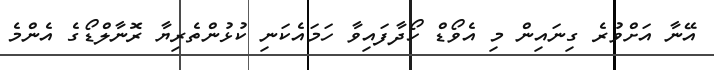
އޭނާ އަށްވުރެ ގިނައިން މި އެވޯޑް ހޯދާފައިވާ ހަމައެކަނި ކުޅުންތެރިޔާ ރޮނާލްޑޯގެ އެންމެ